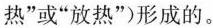
热”或”放热”）形成的。